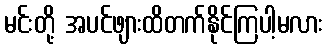
မင်းတို့ အပင်ဖျားထိတက်နိုင်ကြပါ့မလား